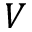
V